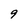
Character: 9